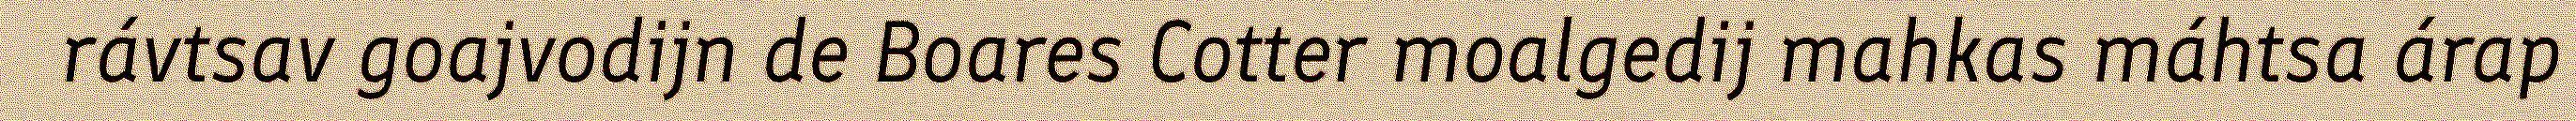
rávtsav goajvodijn de Boares Cotter moalgedij mahkas máhtsa árap